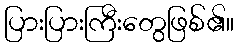
ပြားပြားကြီးတွေဖြစ်၏။